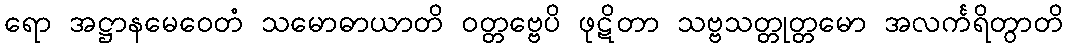
ရော အဋ္ဌာနမေဝေတံ သမောဓာယာတိ ဝတ္တဗ္ဗေပိ ဖုဋိတာ သဗ္ဗသတ္တုတ္တမော အလင်္ကရိတွာတိ